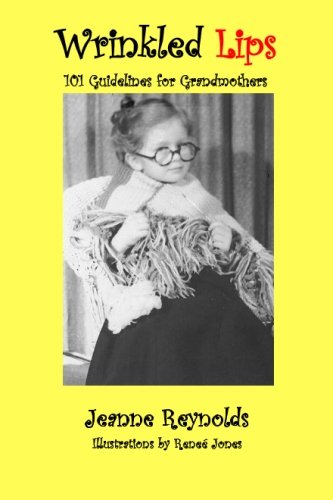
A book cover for Wrinkled Lips: 101 Guidelines for Grandmothers; Jeanne Reynolds; Humor & Entertainment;